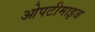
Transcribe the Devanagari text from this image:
ओपटीमाइज